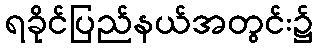
ရခိုင်ပြည်နယ်အတွင်း၌